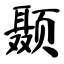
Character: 颞